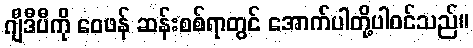
ဂျီဒီပီကို ဝေဖန် ဆန်းစစ်ရာတွင် အောက်ပါတို့ပါဝင်သည်။